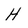
Character: H